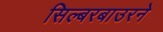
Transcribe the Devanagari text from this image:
सिल्बरबाउरने